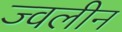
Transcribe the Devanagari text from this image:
ज्वलीन